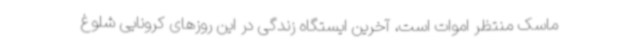
ماسک منتظر اموات است، آخرین ایستگاه زندگی در این روزهای کرونایی شلوغ